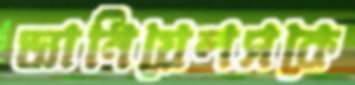
ড্যানিয়েলসকে